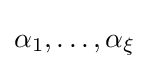
\alpha _{1},\ldots ,\alpha _{\xi }